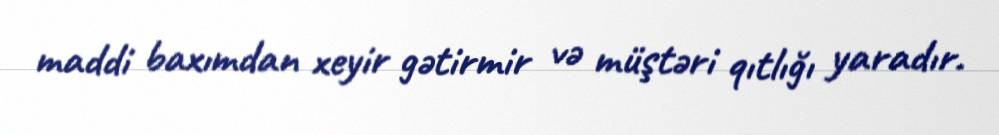
maddi baxımdan xeyir gətirmir və müştəri qıtlığı yaradır.